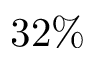
3 2 \%